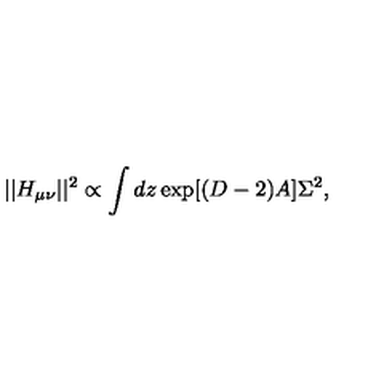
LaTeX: | | H _ { \mu \nu } | | ^ { 2 } \propto \int d z \exp [ ( D - 2 ) A ] \Sigma ^ { 2 } ,